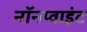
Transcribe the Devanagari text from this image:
नॉनप्वाइंट